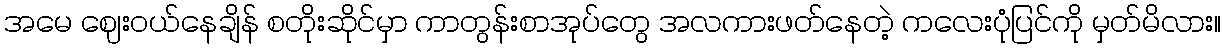
အမေ ဈေးဝယ်နေချိန် စတိုးဆိုင်မှာ ကာတွန်းစာအုပ်တွေ အလကားဖတ်နေတဲ့ ကလေးပုံပြင်ကို မှတ်မိလား။